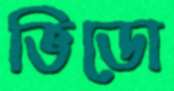
ভিডো